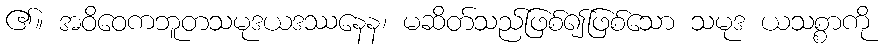
၏။ အဝိဝေကဘူတသမုဒယဒဿနေန၊ မဆိတ်သည်ဖြစ်၍ဖြစ်သော သမုဒ ယသစ္စာကို